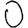
Digit: 0